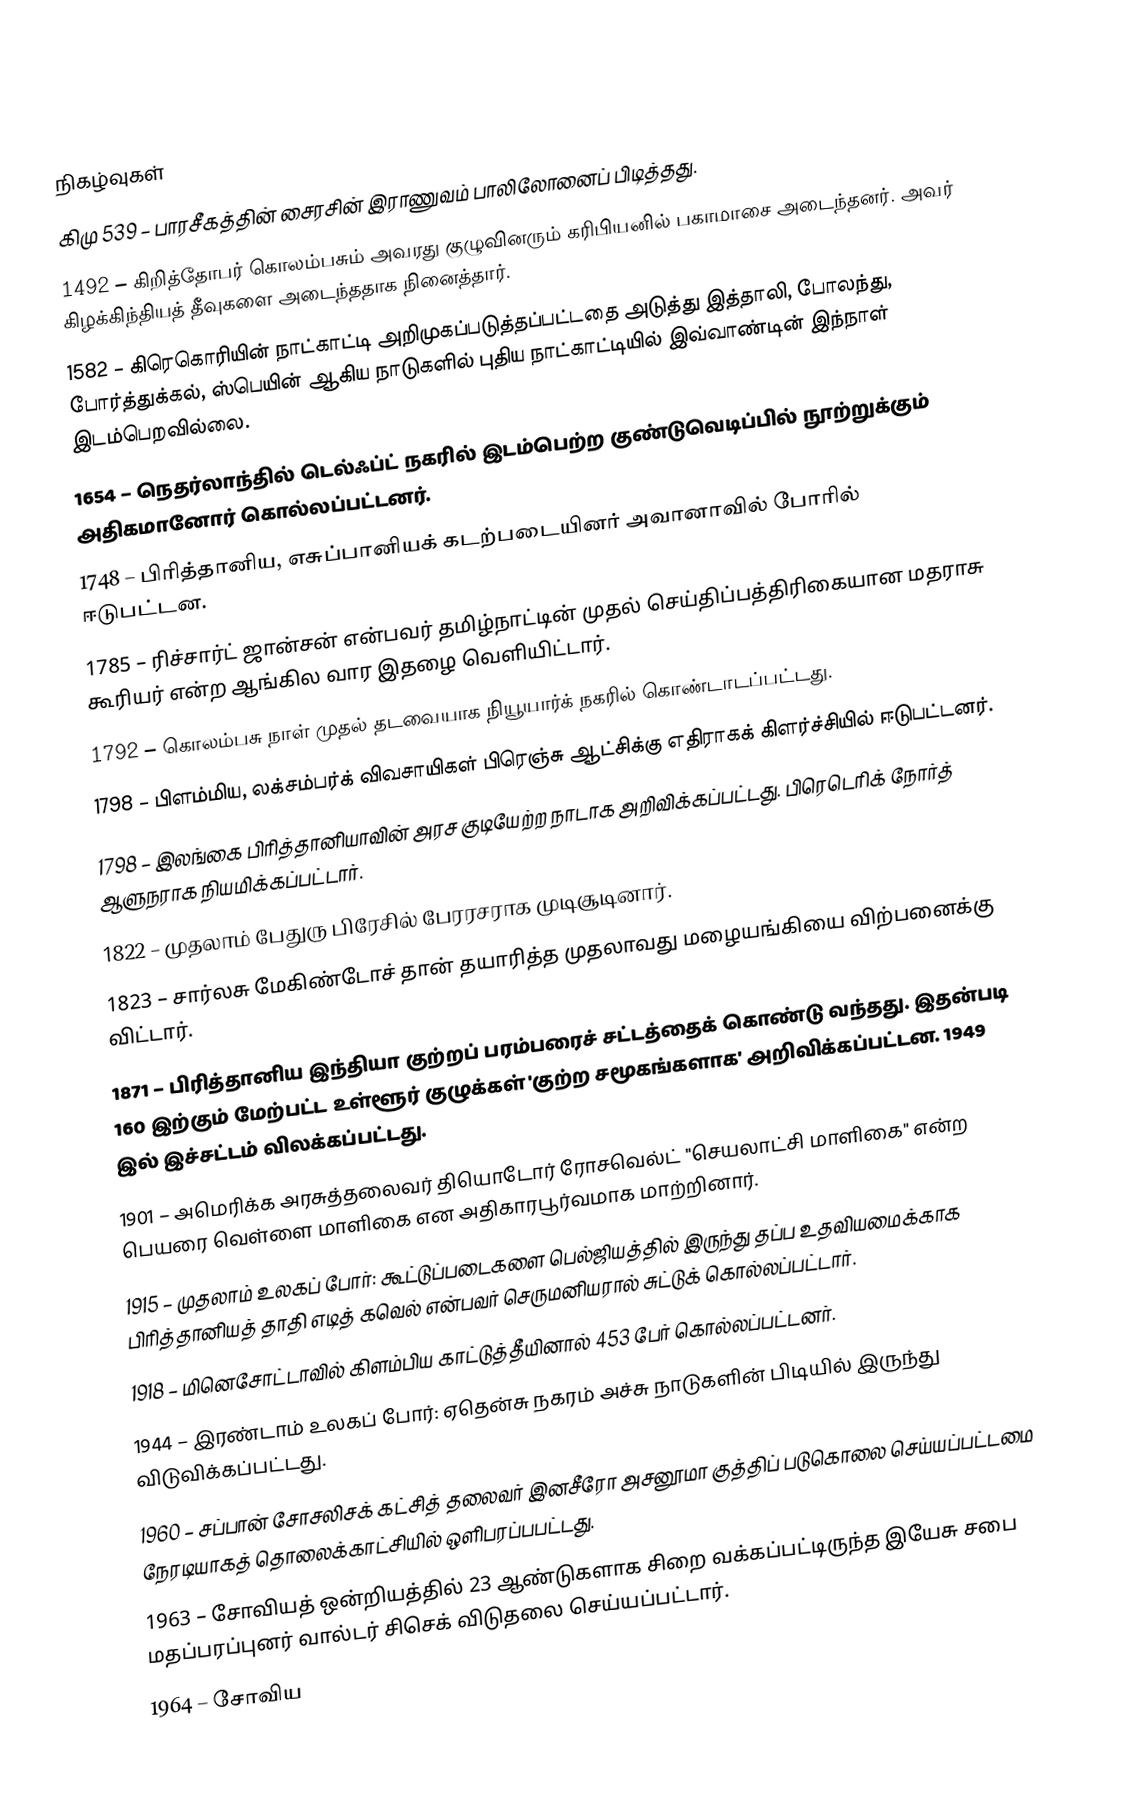

நிகழ்வுகள்
கிமு 539 – பாரசீகத்தின் சைரசின் இராணுவம் பாலிலோனைப் பிடித்தது.
1492 – கிறித்தோபர் கொலம்பசும் அவரது குழுவினரும் கரிபியனில் பகாமாசை அடைந்தனர். அவர் கிழக்கிந்தியத் தீவுகளை அடைந்ததாக நினைத்தார்.
1582 – கிரெகொரியின் நாட்காட்டி அறிமுகப்படுத்தப்பட்டதை அடுத்து இத்தாலி, போலந்து, போர்த்துக்கல், ஸ்பெயின் ஆகிய நாடுகளில் புதிய நாட்காட்டியில் இவ்வாண்டின் இந்நாள் இடம்பெறவில்லை.
1654 – நெதர்லாந்தில் டெல்ஃப்ட் நகரில் இடம்பெற்ற குண்டுவெடிப்பில் நூற்றுக்கும் அதிகமானோர் கொல்லப்பட்டனர்.
1748 – பிரித்தானிய, எசுப்பானியக் கடற்படையினர் அவானாவில் போரில் ஈடுபட்டன.
1785 – ரிச்சார்ட் ஜான்சன் என்பவர் தமிழ்நாட்டின் முதல் செய்திப்பத்திரிகையான மதராசு கூரியர் என்ற ஆங்கில வார இதழை வெளியிட்டார்.
1792 – கொலம்பசு நாள் முதல் தடவையாக நியூயார்க் நகரில் கொண்டாடப்பட்டது.
1798 – பிளம்மிய, லக்சம்பர்க் விவசாயிகள் பிரெஞ்சு ஆட்சிக்கு எதிராகக் கிளர்ச்சியில் ஈடுபட்டனர்.
1798 – இலங்கை பிரித்தானியாவின் அரச குடியேற்ற நாடாக அறிவிக்கப்பட்டது. பிரெடெரிக் நோர்த் ஆளுநராக நியமிக்கப்பட்டார்.
1822 – முதலாம் பேதுரு பிரேசில் பேரரசராக முடிசூடினார்.
1823 – சார்லசு மேகிண்டோச் தான் தயாரித்த முதலாவது மழையங்கியை விற்பனைக்கு விட்டார்.
1871 – பிரித்தானிய இந்தியா குற்றப் பரம்பரைச் சட்டத்தைக் கொண்டு வந்தது. இதன்படி 160 இற்கும் மேற்பட்ட உள்ளூர் குழுக்கள் 'குற்ற சமூகங்களாக' அறிவிக்கப்பட்டன. 1949 இல் இச்சட்டம் விலக்கப்பட்டது.
1901 – அமெரிக்க அரசுத்தலைவர் தியொடோர் ரோசவெல்ட் "செயலாட்சி மாளிகை" என்ற பெயரை வெள்ளை மாளிகை என அதிகாரபூர்வமாக மாற்றினார்.
1915 – முதலாம் உலகப் போர்: கூட்டுப்படைகளை பெல்ஜியத்தில் இருந்து தப்ப உதவியமைக்காக பிரித்தானியத் தாதி எடித் கவெல் என்பவர் செருமனியரால் சுட்டுக் கொல்லப்பட்டார்.
1918 – மினெசோட்டாவில் கிளம்பிய காட்டுத்தீயினால் 453 பேர் கொல்லப்பட்டனர்.
1944 – இரண்டாம் உலகப் போர்: ஏதென்சு நகரம் அச்சு நாடுகளின் பிடியில் இருந்து விடுவிக்கப்பட்டது.
1960 – சப்பான் சோசலிசக் கட்சித் தலைவர் இனசீரோ அசனூமா குத்திப் படுகொலை செய்யப்பட்டமை நேரடியாகத் தொலைக்காட்சியில் ஒளிபரப்பபட்டது.
1963 – சோவியத் ஒன்றியத்தில் 23 ஆண்டுகளாக சிறை வக்கப்பட்டிருந்த இயேசு சபை மதப்பரப்புனர் வால்டர் சிசெக் விடுதலை செய்யப்பட்டார்.
1964 – சோவிய